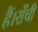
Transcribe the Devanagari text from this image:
हैं।राँची